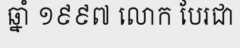
ឆ្នាំ ១៩៩៧ លោក បែរជា